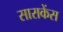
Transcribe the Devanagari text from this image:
साराकेंस